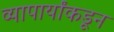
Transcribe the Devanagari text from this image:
व्यापार्यांकडून